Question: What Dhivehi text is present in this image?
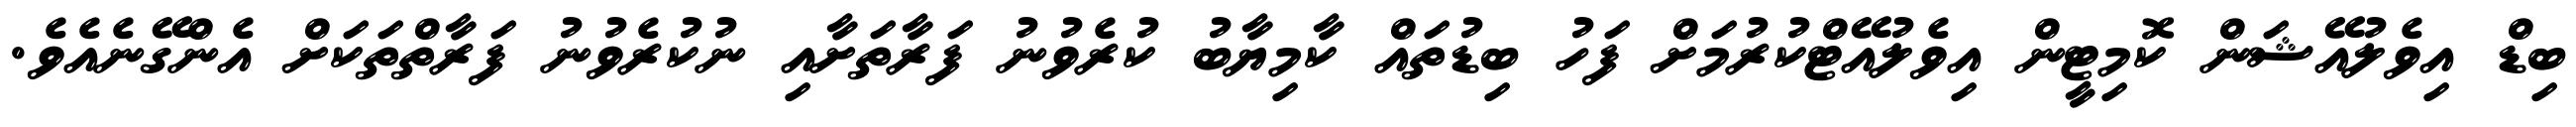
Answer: ބިޑް އިވެލުއޭޝަން ކޮމިޓީން އިވެލުއޭޓްކުރުމަށް ފަހު ބިޑުތައް ކާމިޔާބު ކުރެވުނު ފަރާތަށާއި ނުކުރެވުނު ފަރާތްތަކަށް އެންގޭނެއެވެ.